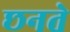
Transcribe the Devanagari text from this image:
छनते